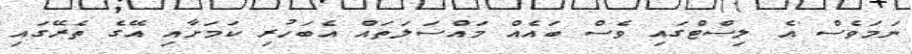
ނަމަވެސް އެ ލިސްޓްގައި ވެސް ބައެއް މައްސަލަތައް އެބަހުރި ކަމަށާއި އޭގެ ތެރޭގައި